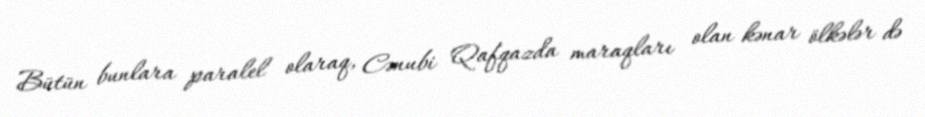
Bütün bunlara paralel olaraq, Cənubi Qafqazda maraqları olan kənar ölkələr də